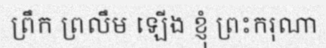
ព្រឹក ព្រលឹម ឡើង ខ្ញុំ ព្រះករុណា